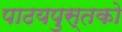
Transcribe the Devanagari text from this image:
पाठयपुस्तको